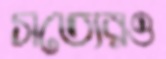
সত্যেরও